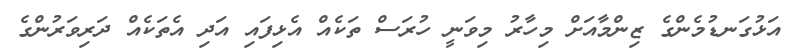
އަޅުގަނޑުމެންގެ ޒިންމާއަށް މިހާރު މިވަނީ ހުރަސް ތަކެއް އެޅިފައި އަދި އެތަކެއް ދަރިވަރުންގެ